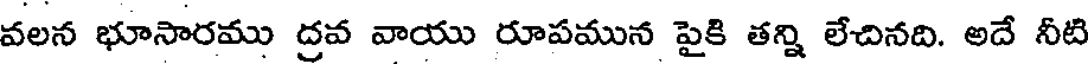
వలన భూసారము ద్రవ వాయు రూపమున పైకి తన్ని లేచినది. అదే నీటి